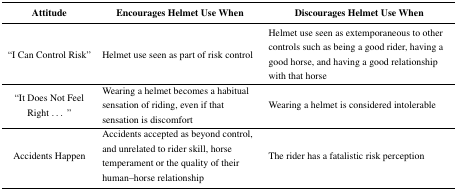
| Attitude | Encourages Helmet Use When | Discourages Helmet Use When |
 | --- | --- | --- |
 | “I Can Control Risk” | Helmet use seen as part of risk control | Helmet use seen as extemporaneous to other controls such as being a good rider, having a good horse, and having a good relationship with that horse |
 | “It Does Not Feel Right...” | Wearing a helmet becomes a habitual sensation of riding, even if that sensation is discomfort | Wearing a helmet is considered intolerable |
 | Accidents Happen | Accidents accepted as beyond control, and unrelated to rider skill, horse temperament or the quality of their human–horse relationship | The rider has a fatalistic risk perception |